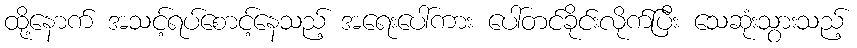
ထို့နောက် အသင့်ရပ်စောင့်နေသည့် အရေးပေါ်ကား ပေါ်တင်ခိုင်းလိုက်ပြီး သေဆုံးသွားသည့်